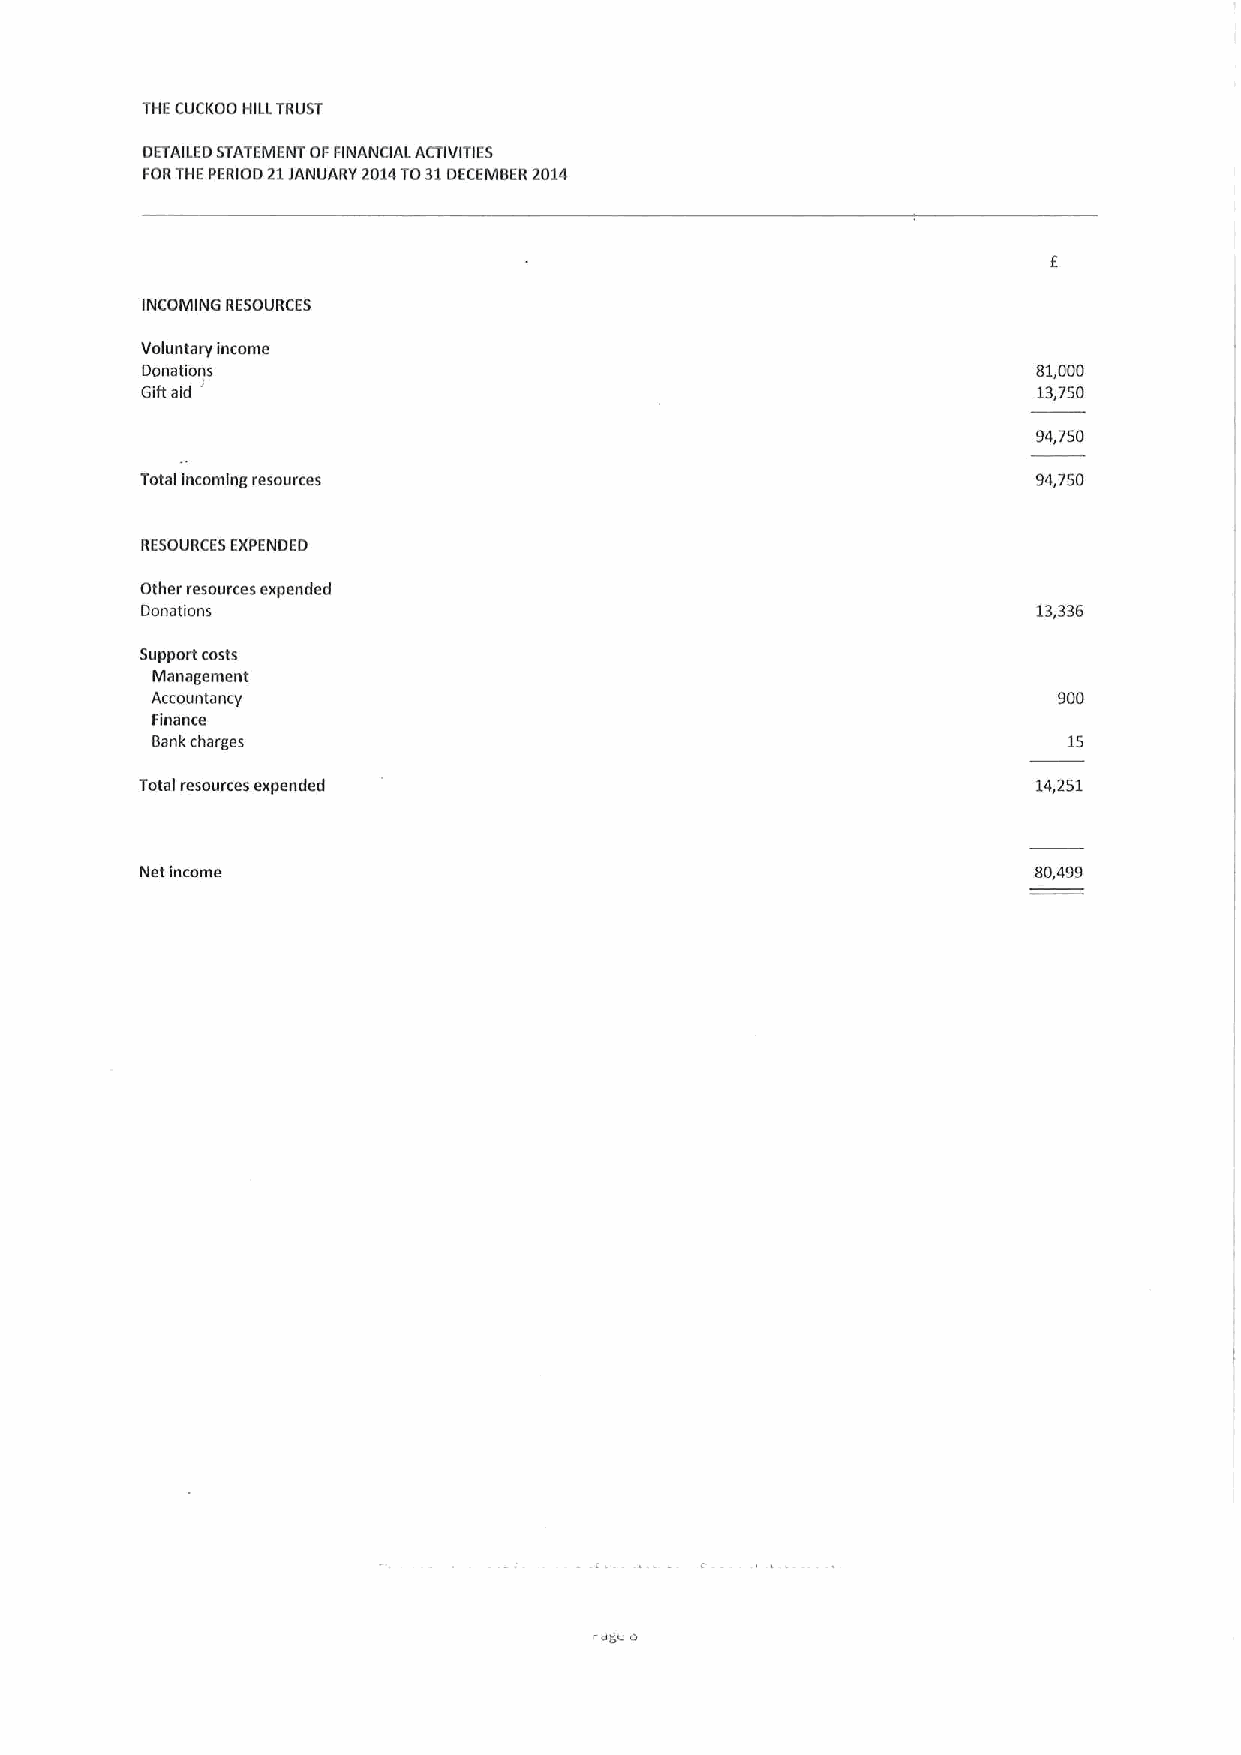
THECUCKOO HILLTRUST
 DETAILEDSTATEMENT OFFINANCIAL ACTIVITIES
 FORTHEPERIOD 21JANUARY 2014TO31DECEMBER2014
 INCOMING RESOURCES
 Voluntary income
 Donations                                                   81,000
 '
 Giftaid                                                     13,750
 94,750
 Total incoming resources                                    94,750
 RESOURCES EXPENDED
 Other resources expended
 Donations                                                   13,336
 Support costs
 Management
 Accountancy                                                 900
 Finance
 Bankcharges                                                  15
 Total resources expended                                    14,251
 Net Income                                                 80,499
 dg